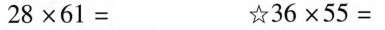
28×61= ☆36×55=